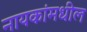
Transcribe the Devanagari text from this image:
नायकांमधील